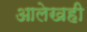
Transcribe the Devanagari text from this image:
आलेखही